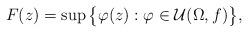
LaTeX: \begin{align*} F(z) = \sup \big\{\varphi(z) : \varphi \in \mathcal{U}(\Omega,f)\big\},\end{align*}